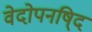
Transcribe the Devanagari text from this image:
वेदोपनषि्द